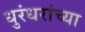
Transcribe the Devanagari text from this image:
धुरंधरांच्या